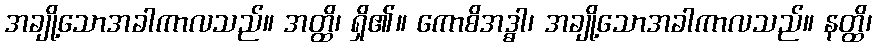
အချို့သောအခါကာလသည်။ အတ္ထိ၊ ရှိ၏။ ကောစိအဒ္ဓါ၊ အချို့သောအခါကာလသည်။ နတ္ထိ၊